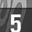
Digit: 5